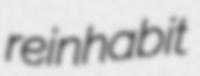
reinhabit